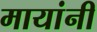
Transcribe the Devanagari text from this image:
मायांनी